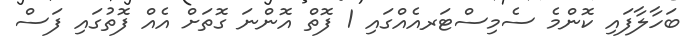
ބަހާލާފައި ކޮންމެ ސެމިސްޓަރއެއްގައި 1 ފޮތް އޮންނަ ގޮތަށް އެއް ފޮތުގައި ފަސް